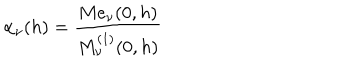
\alpha _ { \nu } ( h ) = \frac { M e _ { \nu } ( 0 , h ) } { M _ { \nu } ^ { ( 1 ) } ( 0 , h ) }